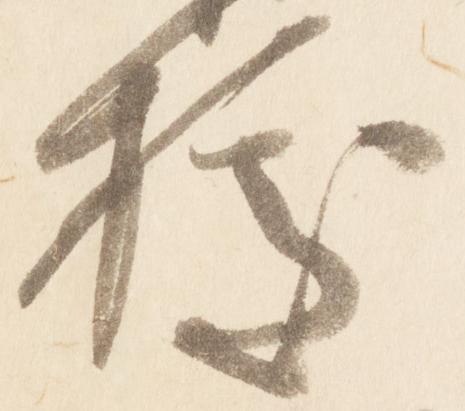
拠